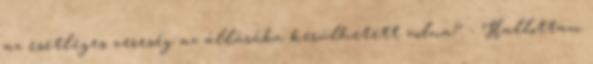
az esetleges vereség az állásába kerülhetett volna? - Hallottam